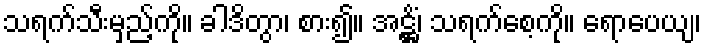
သရက်သီးမှည့်ကို။ ခါဒိတွာ၊ စား၍။ အဋ္ဌိံ၊ သရက်စေ့ကို။ ရောပေယျ၊